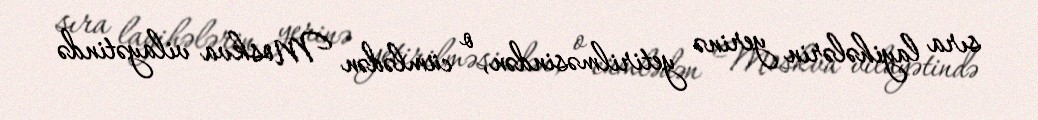
sıra layihələrin yerinə yetirilməsindən, o cümlədən Moskva vilayətində